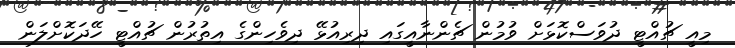
މިއީ ޗުއްޓީ ދުވަސްކޮޅަށް ވުމުން ޗެންނާއީގައި ދިރިއުޅޭ ދިވެހިންގެ އިތުރުން ޗުއްޓީ ހޭދަކޮށްލަން